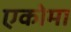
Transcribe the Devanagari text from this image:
एकोमा